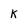
Character: K